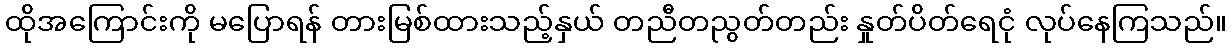
ထိုအကြောင်းကို မပြောရန် တားမြစ်ထားသည့်နှယ် တညီတညွတ်တည်း နှုတ်ပိတ်ရေငုံ လုပ်နေကြသည်။